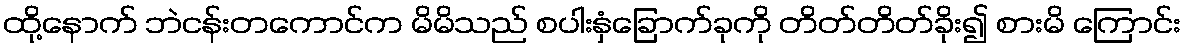
ထို့နောက် ဘဲငန်းတကောင်က မိမိသည် စပါးနှံခြောက်ခုကို တိတ်တိတ်ခိုး၍ စားမိ ကြောင်း